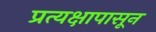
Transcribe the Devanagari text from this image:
प्रत्यक्षापासून